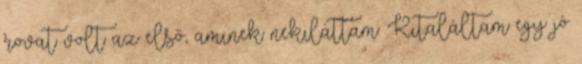
rovat volt az első, aminek nekiláttam. Kitaláltam egy jó